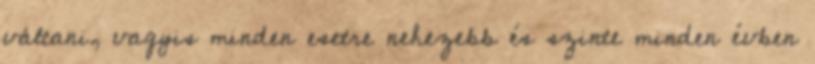
váltani, vagyis minden esetre nehezebb és szinte minden évben